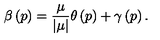
\beta \left( p \right) = \frac \mu { \left| \mu \right| } \theta \left( p \right) + \gamma \left( p \right) .